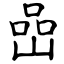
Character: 嵒